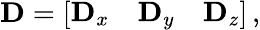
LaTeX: \mathbf D=\left[\begin{array}{lll}{\mathbf D_{x}}&{\mathbf D_{y}}&{\mathbf D_{z}}\end{array}\right]\, ,